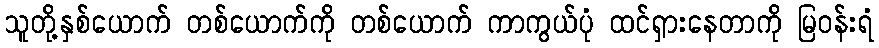
သူတို့နှစ်ယောက် တစ်ယောက်ကို တစ်ယောက် ကာကွယ်ပုံ ထင်ရှားနေတာကို မြဝန်းရံ